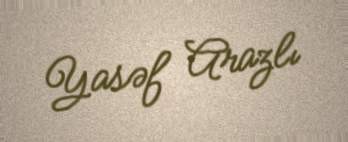
Yasəf Arazlı